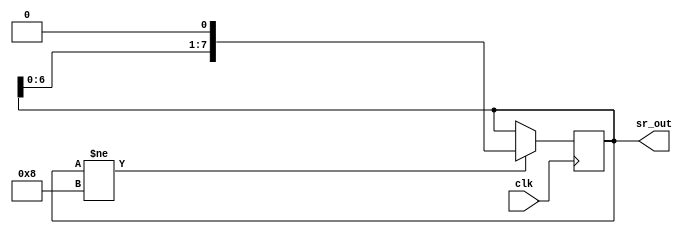
module shift_1X8(clk,sr_out);
    parameter init_val = 8'b00000001;
    parameter final_val = 8'b00001000;
    input clk;
    output [7:0] sr_out;
    reg [7:0] sr_out;
    initial begin
        sr_out = init_val;
    end
    always @(posedge clk) begin
        if(sr_out != final_val)
        sr_out = sr_out << 1;
    end
endmodule